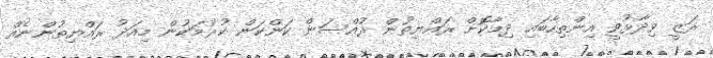
ރަޒީ ވިދާޅުވީ އިންތިހާބައި ދިމާކޮށް ރައްޔިތުން ރުއްސަން ކަންކަން ކުރުމަކުން މިއަދު ރައްޔިތުންނެއް